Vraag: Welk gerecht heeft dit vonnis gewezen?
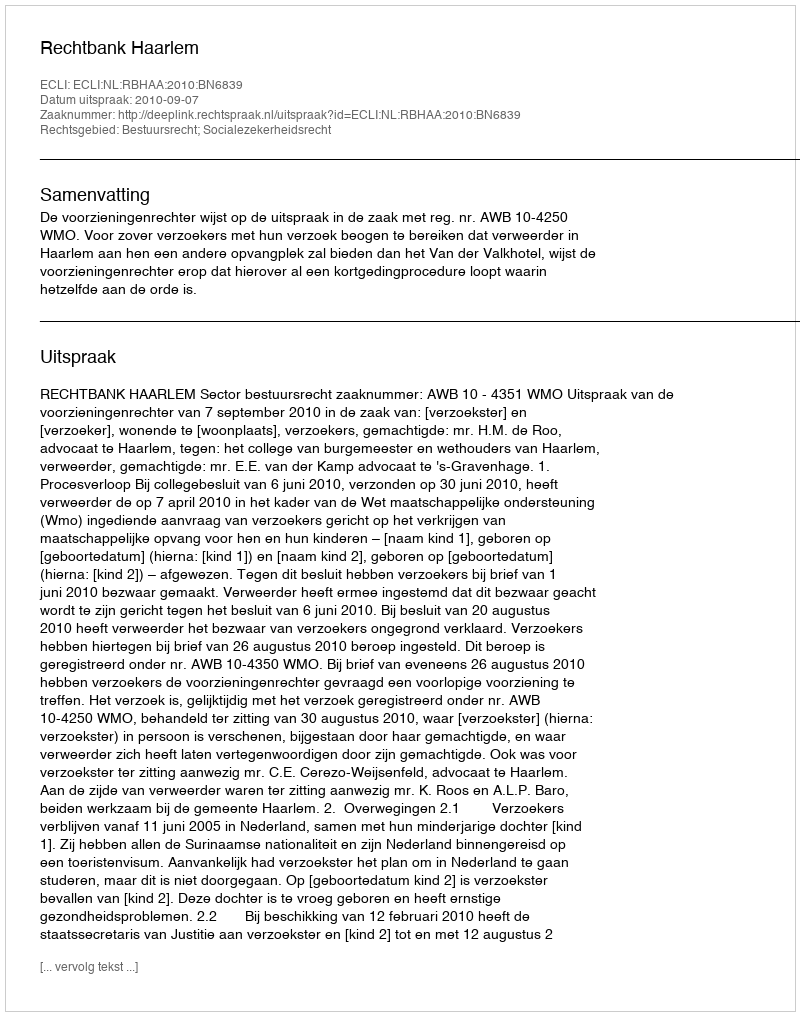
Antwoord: Rechtbank Haarlem